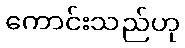
ကောင်းသည်ဟု